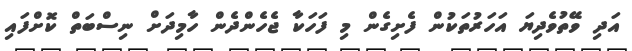
އަދި ވޭތުވެދިޔަ އަހަރުތަކުން ފެށިގެން މި ފަހަކާ ޖެހެންދެން ހާމިދަށް ނިސްބަތް ކޮށްފައި